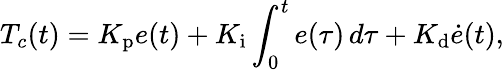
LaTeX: T_{c}(t)=K_{\mathrm{p}}e(t)+K_{\mathrm{i}}\int_{0}^{t}e(\tau)\, d\tau+K_{\mathrm{d}}{\dot{e}}(t),